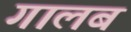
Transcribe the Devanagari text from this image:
गालब